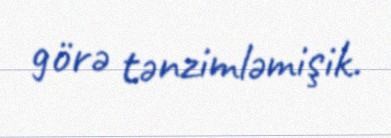
görə tənzimləmişik.